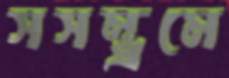
সসম্ভ্রমে